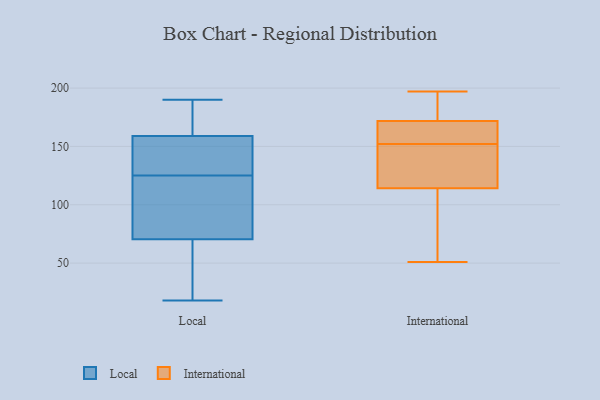
{"axis": {"x": "Website Visitors", "y": "Value"}, "legend": ["International", "Local"], "data": [{"x": "", "y": 138, "type": "Local"}, {"x": "", "y": 91, "type": "Local"}, {"x": "", "y": 129, "type": "Local"}, {"x": "", "y": 142, "type": "Local"}, {"x": "", "y": 151, "type": "Local"}, {"x": "", "y": 87, "type": "Local"}, {"x": "", "y": 70, "type": "Local"}, {"x": "", "y": 190, "type": "Local"}, {"x": "", "y": 107, "type": "Local"}, {"x": "", "y": 45, "type": "Local"}, {"x": "", "y": 121, "type": "Local"}, {"x": "", "y": 180, "type": "Local"}, {"x": "", "y": 172, "type": "Local"}, {"x": "", "y": 167, "type": "Local"}, {"x": "", "y": 71, "type": "Local"}, {"x": "", "y": 168, "type": "Local"}, {"x": "", "y": 49, "type": "Local"}, {"x": "", "y": 61, "type": "Local"}, {"x": "", "y": 18, "type": "Local"}, {"x": "", "y": 143, "type": "Local"}, {"x": "", "y": 115, "type": "International"}, {"x": "", "y": 152, "type": "International"}, {"x": "", "y": 159, "type": "International"}, {"x": "", "y": 133, "type": "International"}, {"x": "", "y": 197, "type": "International"}, {"x": "", "y": 114, "type": "International"}, {"x": "", "y": 178, "type": "International"}, {"x": "", "y": 168, "type": "International"}, {"x": "", "y": 173, "type": "International"}, {"x": "", "y": 51, "type": "International"}, {"x": "", "y": 75, "type": "International"}]}